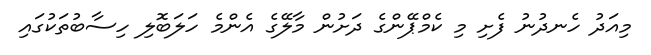
މިއަދު ހެނދުނު ފެށި މި ކެމްޕޭންގެ ދަށުން މާލޭގެ އެންމެ ހަލަބޮލި ހިސާބުތަކުގައި